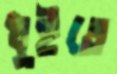
ধুইতে